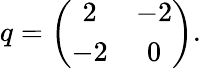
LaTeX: q=\left(\begin{array}{cc}{{2}}&{{-2}}\\ {{-2}}&{{0}}\end{array}\right).